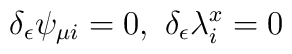
\delta_{\epsilon}\psi_{\mu i}=0,\ \delta_{\epsilon}\lambda_i^x=0